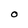
Character: O